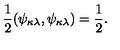
\frac { 1 } { 2 } ( \psi _ { \kappa \lambda } , \psi _ { \kappa \lambda } ) = \frac { 1 } { 2 } .